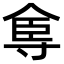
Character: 𡬴